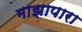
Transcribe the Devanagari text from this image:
माझापारा